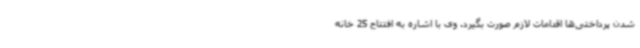
شدن پرداختی‌ها اقدامات لازم صورت بگیرد. وی با اشاره به افتتاح 25 خانه